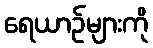
ရေယာဉ်များကို